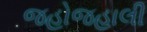
જહોજહાલી